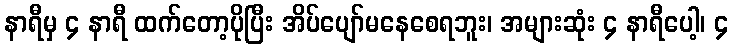
နာရီမှ ၄ နာရီ ထက်တော့ပိုပြီး အိပ်ပျော်မနေစေရဘူး၊ အများဆုံး ၄ နာရီပေါ့၊ ၄